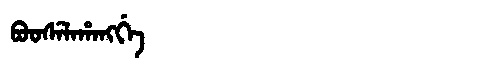
Manchu: ᠪᠣᠣᠰᡝᠯᠠᡥᠠᠩᡤᡝ
Romanization: BOOSELAHANGGE